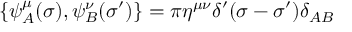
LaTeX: \{ \psi _ { A } ^ { \mu } ( \sigma ) , \psi _ { B } ^ { \nu } ( \sigma ^ { \prime } ) \} = \pi \eta ^ { \mu \nu } \delta ^ { \prime } ( \sigma - \sigma ^ { \prime } ) \delta _ { A B }